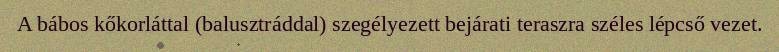
A bábos kőkorláttal (balusztráddal) szegélyezett bejárati teraszra széles lépcső vezet.